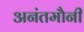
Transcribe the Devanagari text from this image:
अनंतमौनी